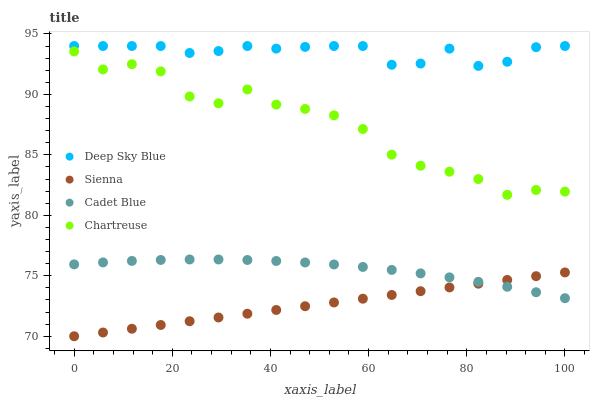
| xaxis_label | Deep Sky Blue | Sienna | Cadet Blue | Chartreuse |
 | --- | --- | --- | --- | --- |
 | 0 | 94 | 70 | 75.9 | 93.6 |
 | 5.88 | 94 | 70.3 | 76.1 | 92.1 |
 | 11.8 | 94 | 70.6 | 76.2 | 92.5 |
 | 17.6 | 94 | 70.9 | 76.3 | 91.9 |
 | 23.5 | 93.4 | 71.2 | 76.3 | 89.8 |
 | 29.4 | 93.6 | 71.6 | 76.3 | 89.3 |
 | 35.3 | 94 | 71.9 | 76.3 | 90.4 |
 | 41.2 | 93.8 | 72.2 | 76.2 | 89.2 |
 | 47.1 | 93.9 | 72.5 | 76.1 | 88.8 |
 | 52.9 | 94 | 72.8 | 75.9 | 88.3 |
 | 58.8 | 94 | 73.1 | 75.7 | 87.1 |
 | 64.7 | 92.4 | 73.4 | 75.5 | 85 |
 | 70.6 | 92.5 | 73.7 | 75.2 | 84.1 |
 | 76.5 | 93.8 | 74 | 74.9 | 83.6 |
 | 82.4 | 92.4 | 74.3 | 74.5 | 83 |
 | 88.2 | 92.7 | 74.7 | 74.1 | 81.7 |
 | 94.1 | 93.9 | 75 | 73.6 | 82.1 |
 | 100 | 94 | 75.3 | 73.1 | 82 |